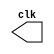
`timescale 1ns / 1ns
//////////////////////////////////////////////////////////////////////////////////
// Company: 
// Engineer: 
// 
// Design Name: 
// Module Name:    clock 
// Project Name: 
// Target Devices: 
// Tool versions: 
// Description: 
//
// Dependencies: 
//
// Revision: 
// Revision 0.01 - File Created
// Additional Comments: 
//
//////////////////////////////////////////////////////////////////////////////////
module clock(
    output reg clk
    );

	initial
	clk = 0;
	
	always 
	#20 clk = ~ clk; 
	
endmodule